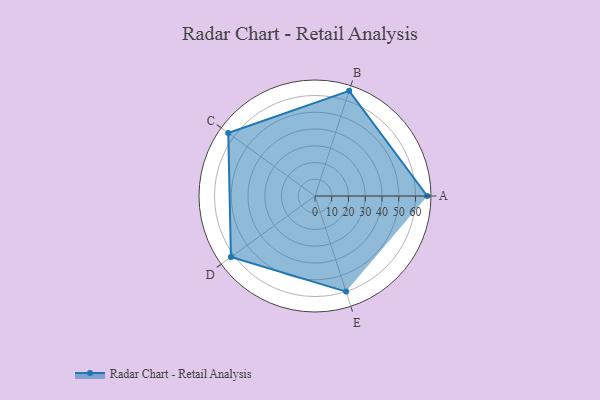
{"axis": {"x": "Skill", "y": "Score"}, "legend": ["Profile"], "data": [{"x": "A", "y": 67.0, "type": "Profile"}, {"x": "B", "y": 66.0, "type": "Profile"}, {"x": "C", "y": 64.0, "type": "Profile"}, {"x": "D", "y": 62.0, "type": "Profile"}, {"x": "E", "y": 60.0, "type": "Profile"}]}